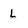
Character: L